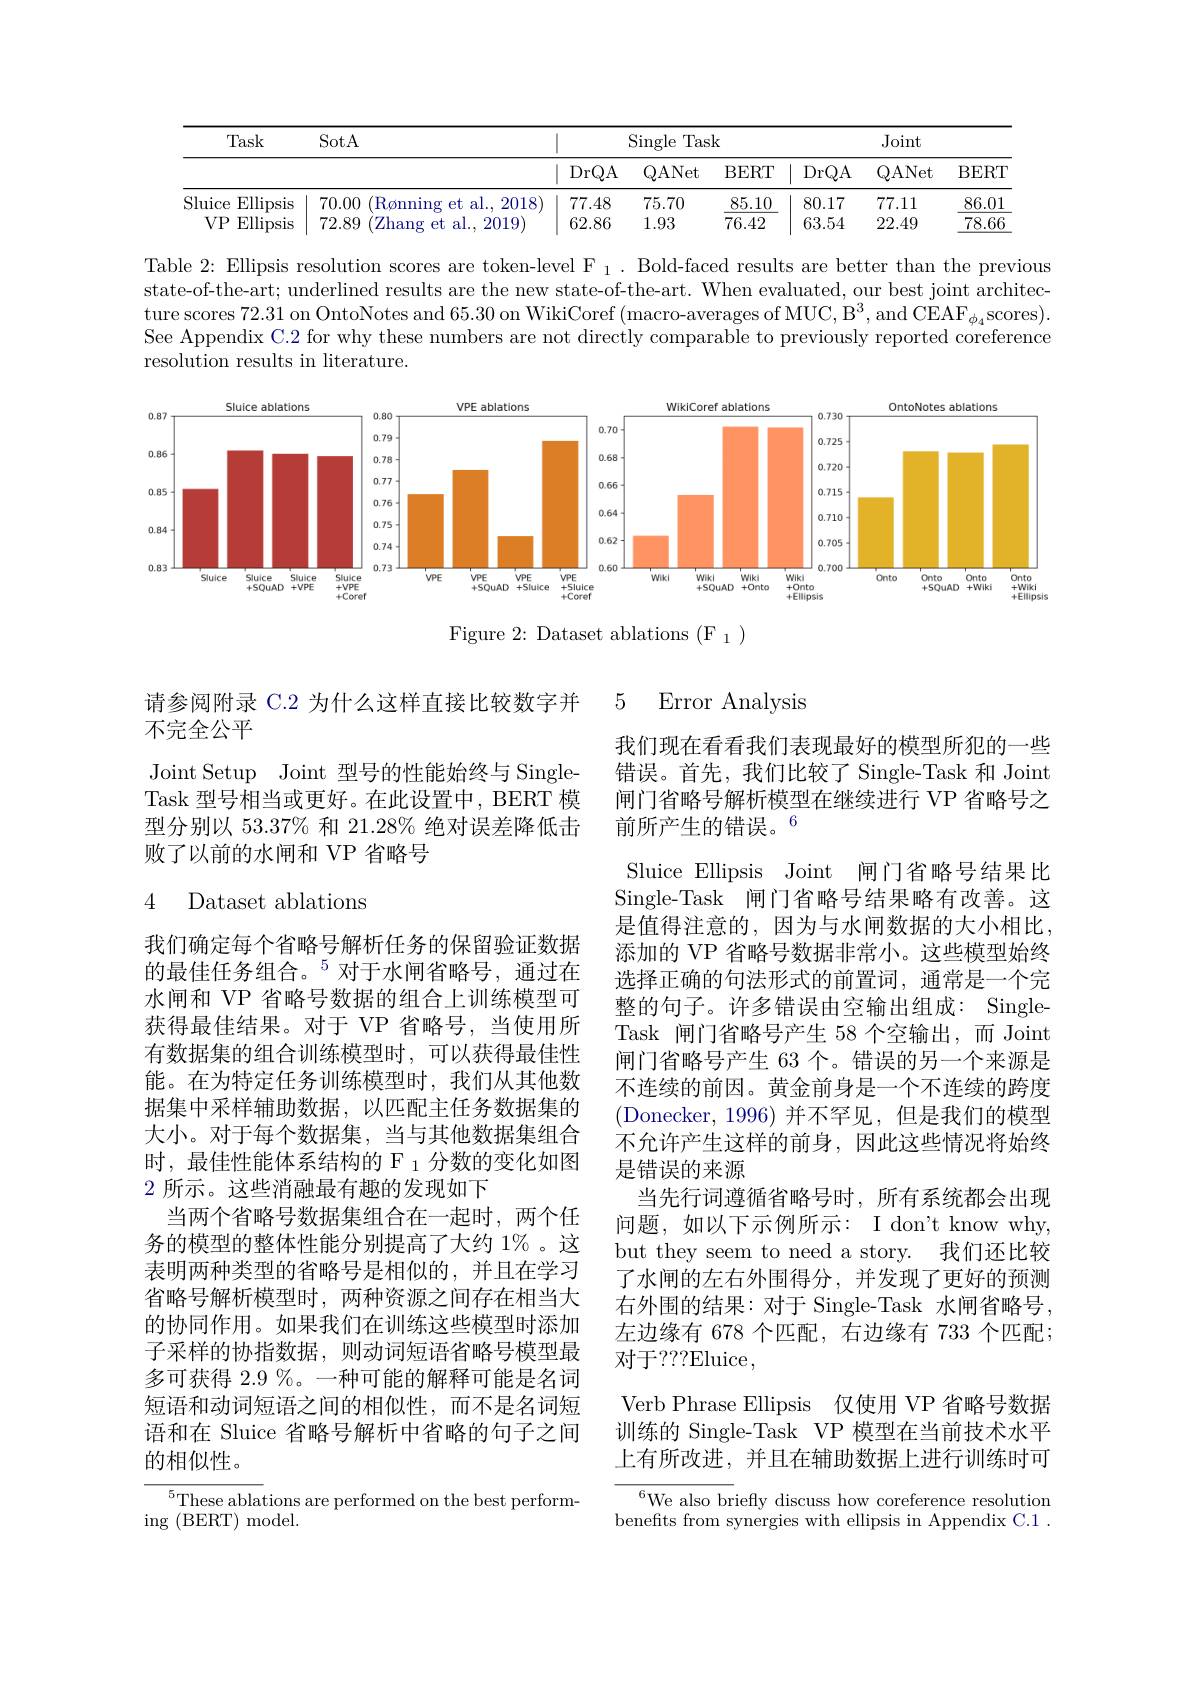
<table>
	<tbody>
		<tr>
			<th rowspan="2">Task</th>
			<th rowspan="2">SotA</th>
			<th colspan="3">$\operatorname{Single}$Task</th>
			<th colspan="3">Joint</th>
		</tr>
		<tr>
			<th>DrQA</th>
			<th>QANet</th>
			<th>BERT</th>
			<th>DrQA</th>
			<th>QANet</th>
			<th>BERT</th>
		</tr>
		<tr>
			<td>Sluice $\operatorname{Ellipsis}$</td>
			<td>70.00 (Rønning et al. 2018</td>
			<td>77.48</td>
			<td>75.70</td>
			<td>85.10</td>
			<td>80.17</td>
			<td>77.11</td>
			<td>86.01</td>
		</tr>
		<tr>
			<td>$VP$ $\operatorname{Ellipsis}$</td>
			<td>72.89 Zhang et al. , 2019</td>
			<td>62.86</td>
			<td>1.93</td>
			<td>76.42</td>
			<td>63.54</td>
			<td>22.49</td>
			<td>78.66</td>
		</tr>
	</tbody>
</table>

Table 2: Ellipsis resolution scores are token-level F $_1.$Bold- faced results are better than the previous state-of-the-art; underlined results are the new state-of-the-art. When evaluated, our best joint architec- $\text{ture scores 72. 31 on OntoNotes and 65. 30 on WikiCoref ( macro- averages of MUC, B}^{3}, \mathrm{~and~CEAF}_{\phi _{4}}$scores). See Appendix C.2 for why these numbers are not directly comparable to previously reported coreference resolution results in literature.

<FigureHere>

Figure 2: Dataset ablations (F 1)

5 Error Analvsis

请参阅附录 C.2 为什么这样直接比较数字并
### 不完全公平

Joint Setup Joint 型号的性能始终与 SingleTask 型号相当或更好。在此设置中，BERT 模型分别以 53.37% 和 21.28% 绝对误差降低击败了以前的水闸和 VP 省略号

### 4 Dataset ablations

我们现在看看我们表现最好的模型所犯的一些错误。首先，我们比较了 Single-Task 和 Joint 闸门省略号解析模型在继续进行 VP 省略号之前所产生的错误。6
Sluice Ellipsis Joint 闸门省略号结果比Single-Task 闸门省略号结果略有改善。这是值得注意的，因为与水闸数据的大小相比， 添加的 VP 省略号数据非常小。这些模型始终选择正确的句法形式的前置词，通常是一个完整的句子。许多错误由空输出组成：SingleTask 闸门省略号产生 58 个空输出，而 Joint 闸门省略号产生 63 个。错误的另一个来源是不连续的前因。黄金前身是一个不连续的跨度(Donecker,1996)并不罕见，但是我们的模型不允许产生这样的前身，因此这些情况将始终是错误的来源
当先行词遵循省略号时，所有系统都会出现问题，如以下示例所示：I don't know why, but they seem to need a story. 我们还比较了水闸的左右外围得分，并发现了更好的预测右外围的结果：对于 Single-Task 水闸省略号， 左边缘有 678 个匹配，右边缘有 733 个匹配； 对于？?2Eluice ,
Verb Phrase Ellipsis 仅使用 VP 省略号数据训练的 Single-Task VP 模型在当前技术水平上有所改进，并且在辅助数据上进行训练时可$^{6}$We also briefly discuss how coreference resolution

我们确定每个省略号解析任务的保留验证数据的最佳任务组合。$^{5}$对于水闸省略号，通过在水闸和 VP 省略号数据的组合上训练模型可获得最佳结果。对于 VP 省略号，当使用所有数据集的组合训练模型时，可以获得最佳性能。在为特定任务训练模型时，我们从其他数据集中采样辅助数据，以匹配主任务数据集的大小。对于每个数据集，当与其他数据集组合时，最佳性能体系结构的 F 1 分数的变化如图2所示。这些消融最有趣的发现如下
当两个省略号数据集组合在一起时，两个任务的模型的整体性能分别提高了大约 1%。这表明两种类型的省略号是相似的，并且在学习省略号解析模型时，两种资源之间存在相当大的协同作用。如果我们在训练这些模型时添加子采样的协指数据，则动词短语省略号模型最多可获得 2.9%。一种可能的解释可能是名词短语和动词短语之间的相似性，而不是名词短语和在 Sluice 省略号解析中省略的句子之间的相似性。
${^5\text{These abla}}$tions are performed on the best perform-

ing (BERT) model.

benefits from synergies with ellipsis in Appendix C.1 .